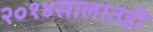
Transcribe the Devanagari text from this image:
२०१४सालातही